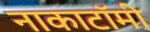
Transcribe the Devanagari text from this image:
नाकाटॉमी